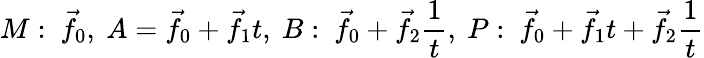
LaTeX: M:\ {\vec{f}}_{0},\ A={\vec{f}}_{0}+{\vec{f}}_{1}t,\ B:\ {\vec{f}}_{0}+{\vec{f}}_{2}{\frac{1}{t}},\ P:\ {\vec{f}}_{0}+{\vec{f}}_{1}t+{\vec{f}}_{2}{\frac{1}{t}}